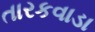
તારકવાડા